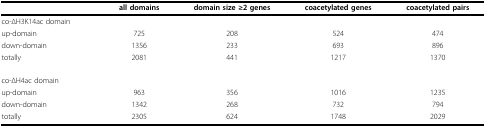
<table><thead><tr><td></td><td><b>all domains</b></td><td><b>domain size ≥2 genes</b></td><td><b>coacetylated genes</b></td><td><b>coacetylated pairs</b></td></tr></thead><tbody><tr><td>co-ΔH3K14ac domain</td><td></td><td></td><td></td><td></td></tr><tr><td>up-domain</td><td>725</td><td>208</td><td>524</td><td>474</td></tr><tr><td>down-domain</td><td>1356</td><td>233</td><td>693</td><td>896</td></tr><tr><td>totally</td><td>2081</td><td>441</td><td>1217</td><td>1370</td></tr><tr><td>co-ΔH4ac domain</td><td></td><td></td><td></td><td></td></tr><tr><td>up-domain</td><td>963</td><td>356</td><td>1016</td><td>1235</td></tr><tr><td>down-domain</td><td>1342</td><td>268</td><td>732</td><td>794</td></tr><tr><td>totally</td><td>2305</td><td>624</td><td>1748</td><td>2029</td></tr></tbody></table>